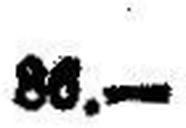
86.—